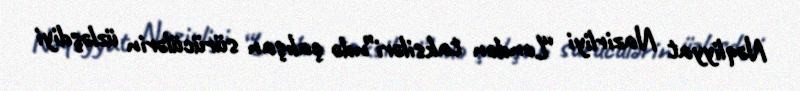
Nəqliyyat Nazirliyi “London taksiləri”ndə çalışan sürücülərin üzləşdiyi